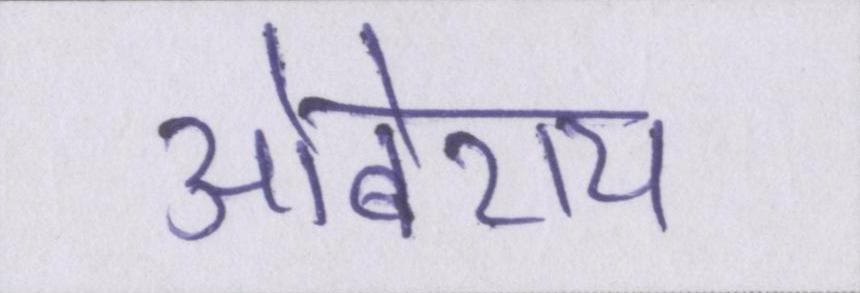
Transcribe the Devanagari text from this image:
ओबेराय